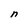
Character: n